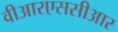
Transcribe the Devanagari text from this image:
वीआरएससीआर